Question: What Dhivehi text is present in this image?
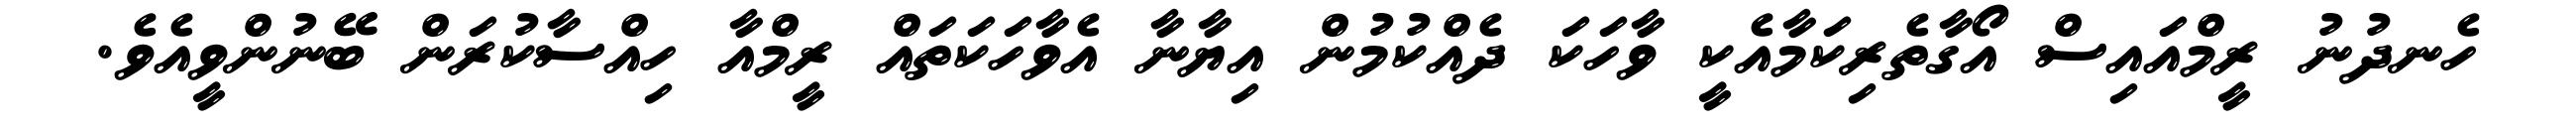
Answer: ހެނދުނު ރީމްއައިސް އޯގާތެރިކަމާއެކީ ވާހަކަ ދެއްކުމުން އިޔާނާ އެވާހަކަތައް ރީމްއާ ހިއްސާކުރަން ބޭނުންވީއެވެ.